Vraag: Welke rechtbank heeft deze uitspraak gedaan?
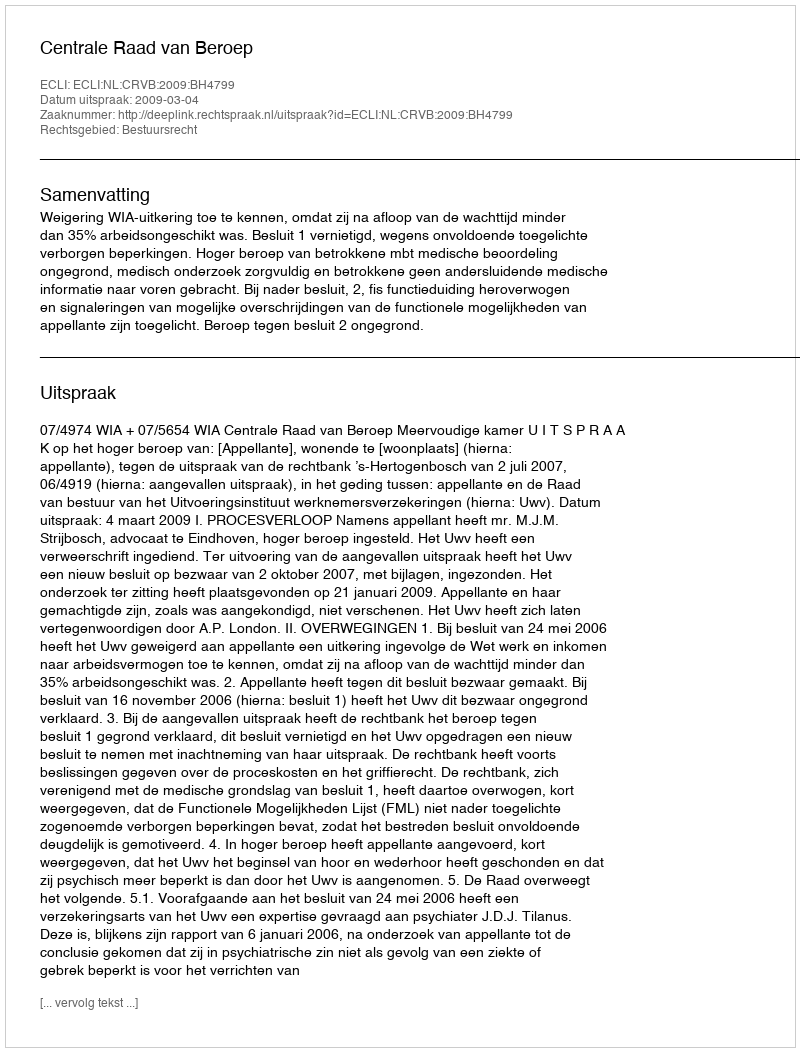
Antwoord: Centrale Raad van Beroep